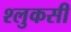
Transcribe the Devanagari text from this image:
श्लुकसी